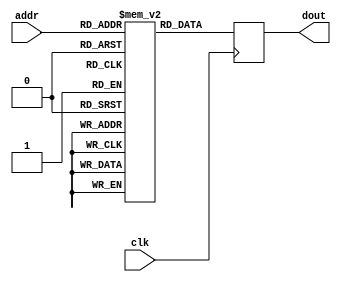
module rom_256x16_mif (
	input 		[7:0] 	addr,
	input 					clk,
	output reg	[15:0]	dout
	);
	
	// This is a synthesis attribute, but doesn't work for simulation
	(* ram_init_file = "rom_contents.mif" *)
	reg [15:0] mem_array [0:255];

	always @(posedge clk)
		dout <= mem_array[addr];
		
endmodule